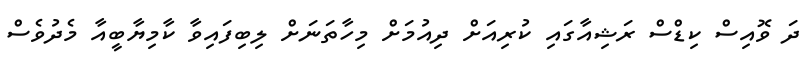
ދަ ވޮއިސް ކިޑްސް ރަޝިއާގައި ކުރިއަށް ދިއުމަށް މިހާތަނަށް ލިބިފައިވާ ކާމިޔާބީއާ މެދުވެސް